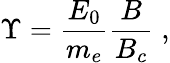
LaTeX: \Upsilon=\frac{E_{0}}{m_{e}}\frac{B}{B_{c}}\; ,